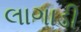
લાગાડી